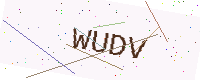
Text: WUDV